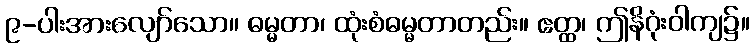
၉-ပါးအားလျော်သော။ ဓမ္မတာ၊ ထုံးစံဓမ္မတာတည်း။ ဧတ္ထ၊ ဤနိဂုံးဝါကျ၌။